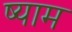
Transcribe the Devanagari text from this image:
ष्याम